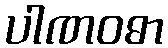
ပါဏဝဓာ